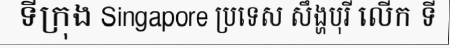
ទីក្រុង Singapore ប្រទេស សឹង្ហបុរី លើក ទី